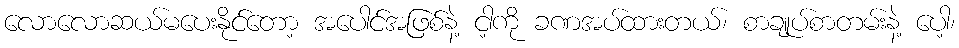
လောလောဆယ်မပေးနိုင်တော့ အပေါင်အဖြစ်နဲ့ ငါ့ကို ခဏအပ်ထားတယ်၊ စာချုပ်စာတမ်းနဲ့ ပေါ့၊